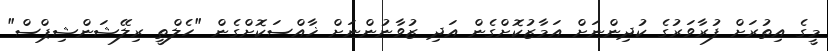
މީގެ އިތުރަށް ފުރާވަރުގެ ކުދިންނަށް އަމާޒުކޮށްގެން އަދި ޒުވާނުންނަށް ޚާއްސަކޮށްގެން "ހެލްތީ ރިލޭޝަންޝިޕްސް"